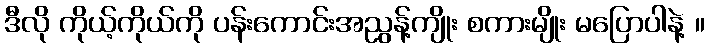
ဒီလို ကိုယ့်ကိုယ်ကို ပန်းကောင်းအညွန့်ကျိုး စကားမျိုး မပြောပါနဲ့ ။